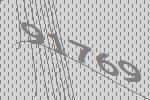
91769